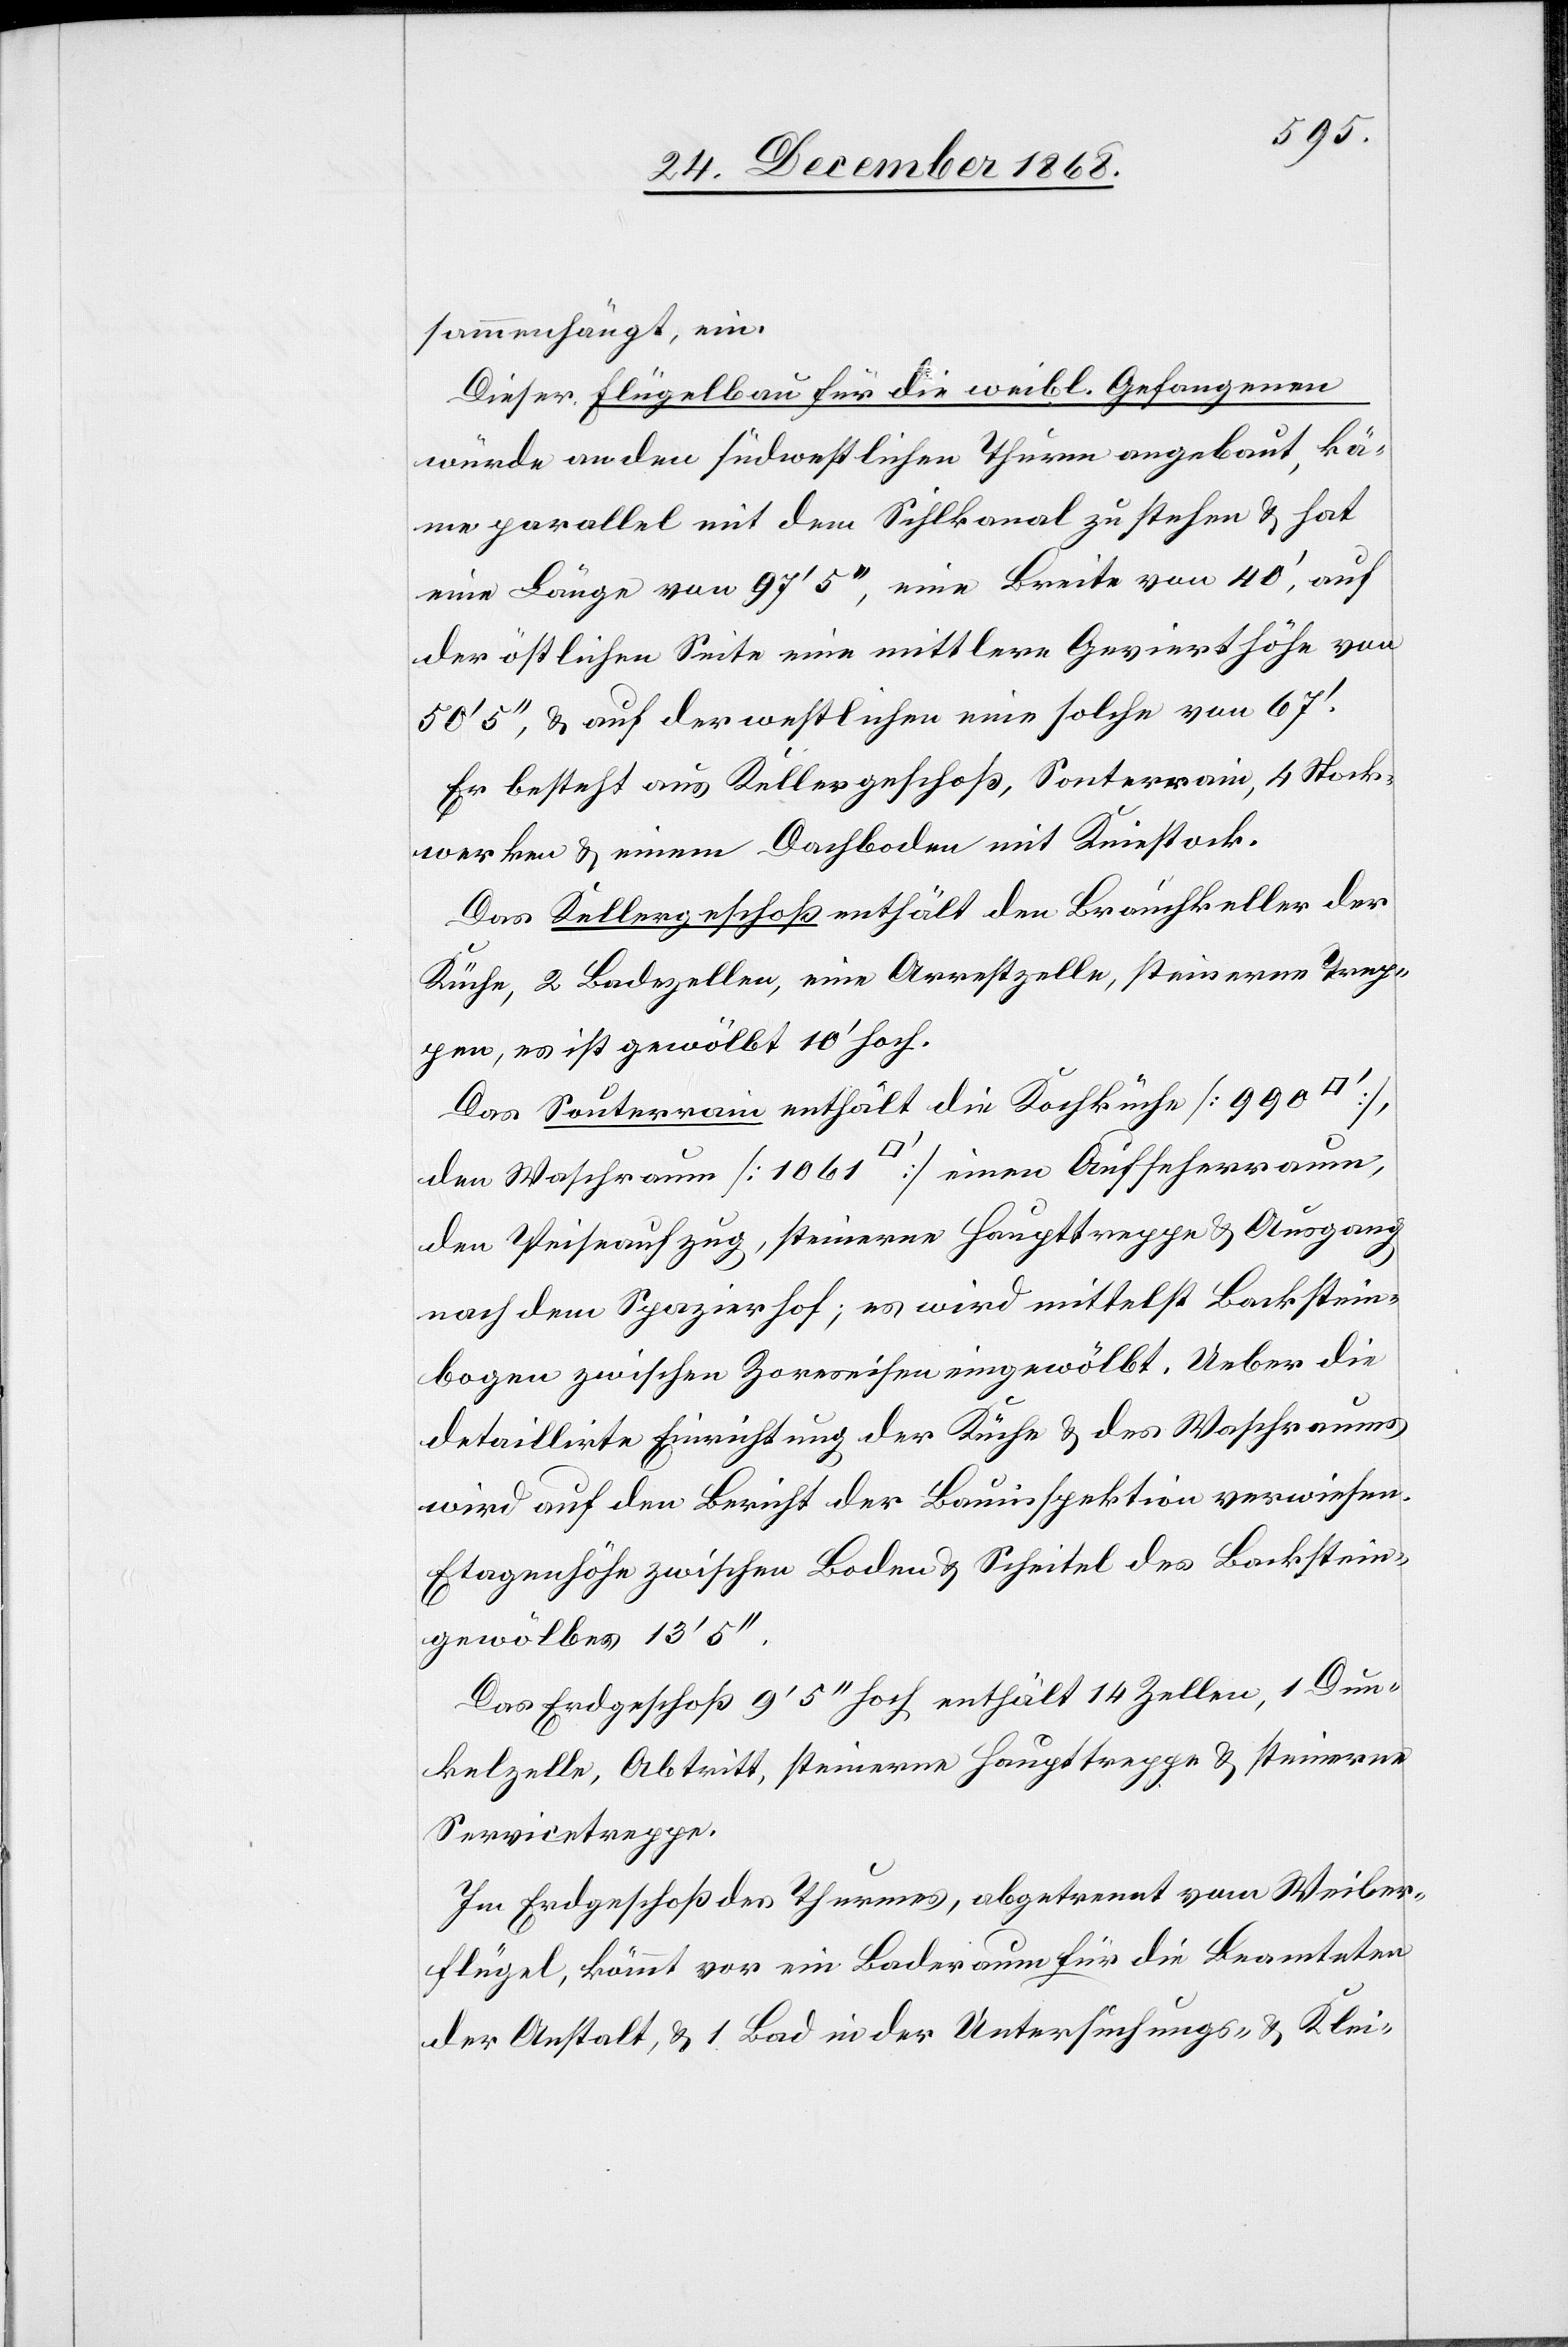
sammenhängt, ein.
Dieser Flügelbau für die weibl. Gefangenen
würde an den südwestlichen Thurm angebaut, kä¬
me parallel mit dem Sihlkanal zu stehen & hat
eine Länge von 97‘ 5‘‘, eine Breite von 40‘, auf
der östlichen Seite eine mittlere Gevierthöhe von
50‘ 5‘‘, & auf der westlichen eine solche von 67‘.
Er besteht aus Kellergeschoß, Souterrain, 4 Stock¬
werken & einem Dachboden mit Kniestock.
Das Kellergeschoß enthält den Brauchkeller der
Küche, 2 Badezellen, eine Arrestzelle, steinerne Trep¬
pen, es ist gewölbt 10‘ hoch.
Das Souterrain enthält die Kochküche [990
den Waschraum [1061 [Quadratfuß]] einen Aufseherraum,
den Speiseaufzug, steinerne Haupttreppe & Ausgang
nach dem Spazierhof; es wird mittelst Backstein¬
bogen zwischen Zoreseisen eingewölbt. Ueber die
detaillirte Einrichtung der Küche & des Waschraums
wird auf den Bericht der Bauinspektion verwiesen.
Etagenhöhe zwischen Boden & Scheitel des Backstein¬
gewölbes 13‘ 5‘‘.
Das Erdgeschoß 9‘ 5‘‘ hoch enthält 14 Zellen, 1 Dun¬
kelzelle, Abtritt, steinerne Haupttreppe & steinerne
Servicetreppe.
Im Erdgeschoß des Thurmes, abgetrennt vom Weiber¬
flügel, kömmt vor ein Baderaum für die Beamteten
der Anstalt, & 1 Bad in der Untersuchungs- & Klei-